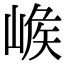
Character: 𡺝